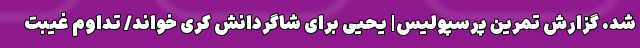
شد. گزارش تمرین پرسپولیس| یحیی برای شاگردانش کری خواند/ تداوم غیبت